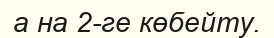
а на 2-ге көбейту.